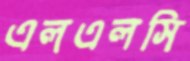
এলএলসি